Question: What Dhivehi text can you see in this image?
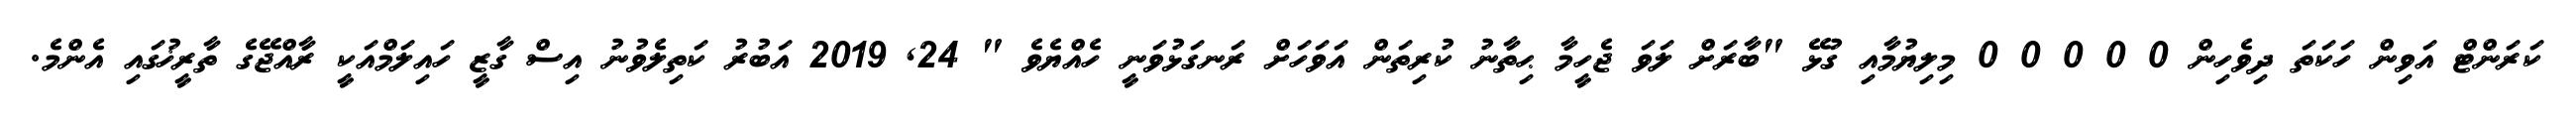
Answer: ކަރަންޓް އަވިން ހަކަތަ ދިވެހިން 0 0 0 0 0 މިލިޔުމާއި ގުޅޭ "ބާރަށް ލަވަ ޖެހީމާ ޙިތާނު ކުރިތަން އަވަހަށް ރަނގަޅުވަނީ ހެއްޔެވެ " 24, 2019 އަބުރު ކަތިލެވުނު އިސް ގާޒީ ހައިލަމްއަކީ ރާއްޖޭގެ ތާރީޚުގައި އެންމެ.